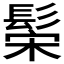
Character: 𬴪